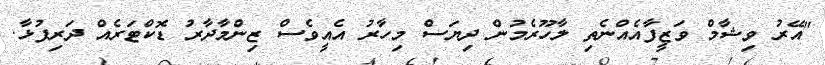
"އޭރު ވިޝާމް ވަޒީފާއެއްނެތި ލާހޫރެމުން ދިޔަސް މިހާރު އެއީވެސް ޒިންމާދާރު ޑޮކްޓަރެއް ދަރިފުޅާ.